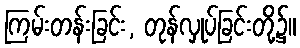
ကြမ်းတန်းခြင်း, တုန်လှုပ်ခြင်းတို့၌။